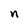
Character: n